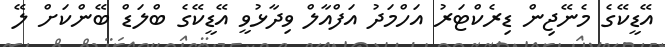
އޭޑީކޭގެ މެނޭޖިން ޑިރެކްޓަރު އަހްމަދު އަފްއާލް ވިދާޅުވީ އޭޑީކޭގެ ބްލަޑް ބޭންކަށް ލޭ